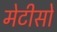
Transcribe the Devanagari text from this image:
मेटीसों